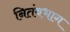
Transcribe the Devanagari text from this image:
नितंबभाग